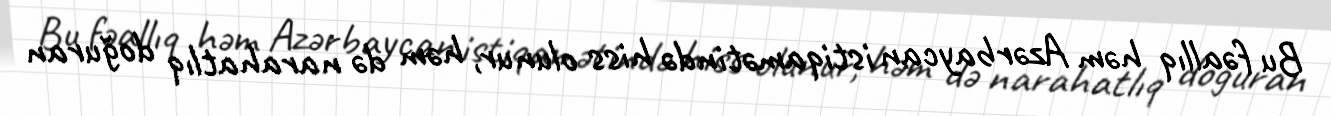
Bu fəallıq həm Azərbaycan istiqamətində hiss olunur, həm də narahatlıq doğuran